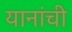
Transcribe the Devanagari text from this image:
यानांची